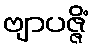
ဗျာပဇ္ဇိံ